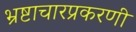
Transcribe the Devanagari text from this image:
भ्रष्टाचारप्रकरणी